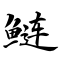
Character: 鲢